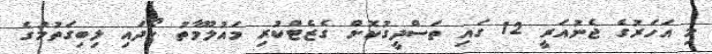
މި އަހަރުގެ ޖެނުއަރީ 12 ގައި ތަސްދީގުކޮށް ގެޒެޓްކުރި މައުލޫމާތު ހޯދައި ލިބިގަތުމުގެ